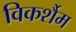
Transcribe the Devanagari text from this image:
विकर्शैम